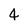
Character: 4